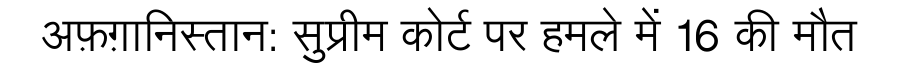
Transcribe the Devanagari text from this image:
अफ़ग़ानिस्तान: सुप्रीम कोर्ट पर हमले में 16 की मौत